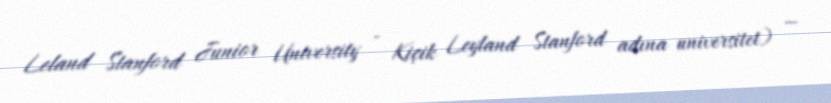
Leland Stanford Junior University - Kiçik Leyland Stanford adına universitet) —